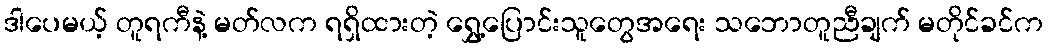
ဒါပေမယ့် တူရကီနဲ့ မတ်လက ရရှိထားတဲ့ ရွှေ့ပြောင်းသူတွေအရေး သဘောတူညီချက် မတိုင်ခင်က